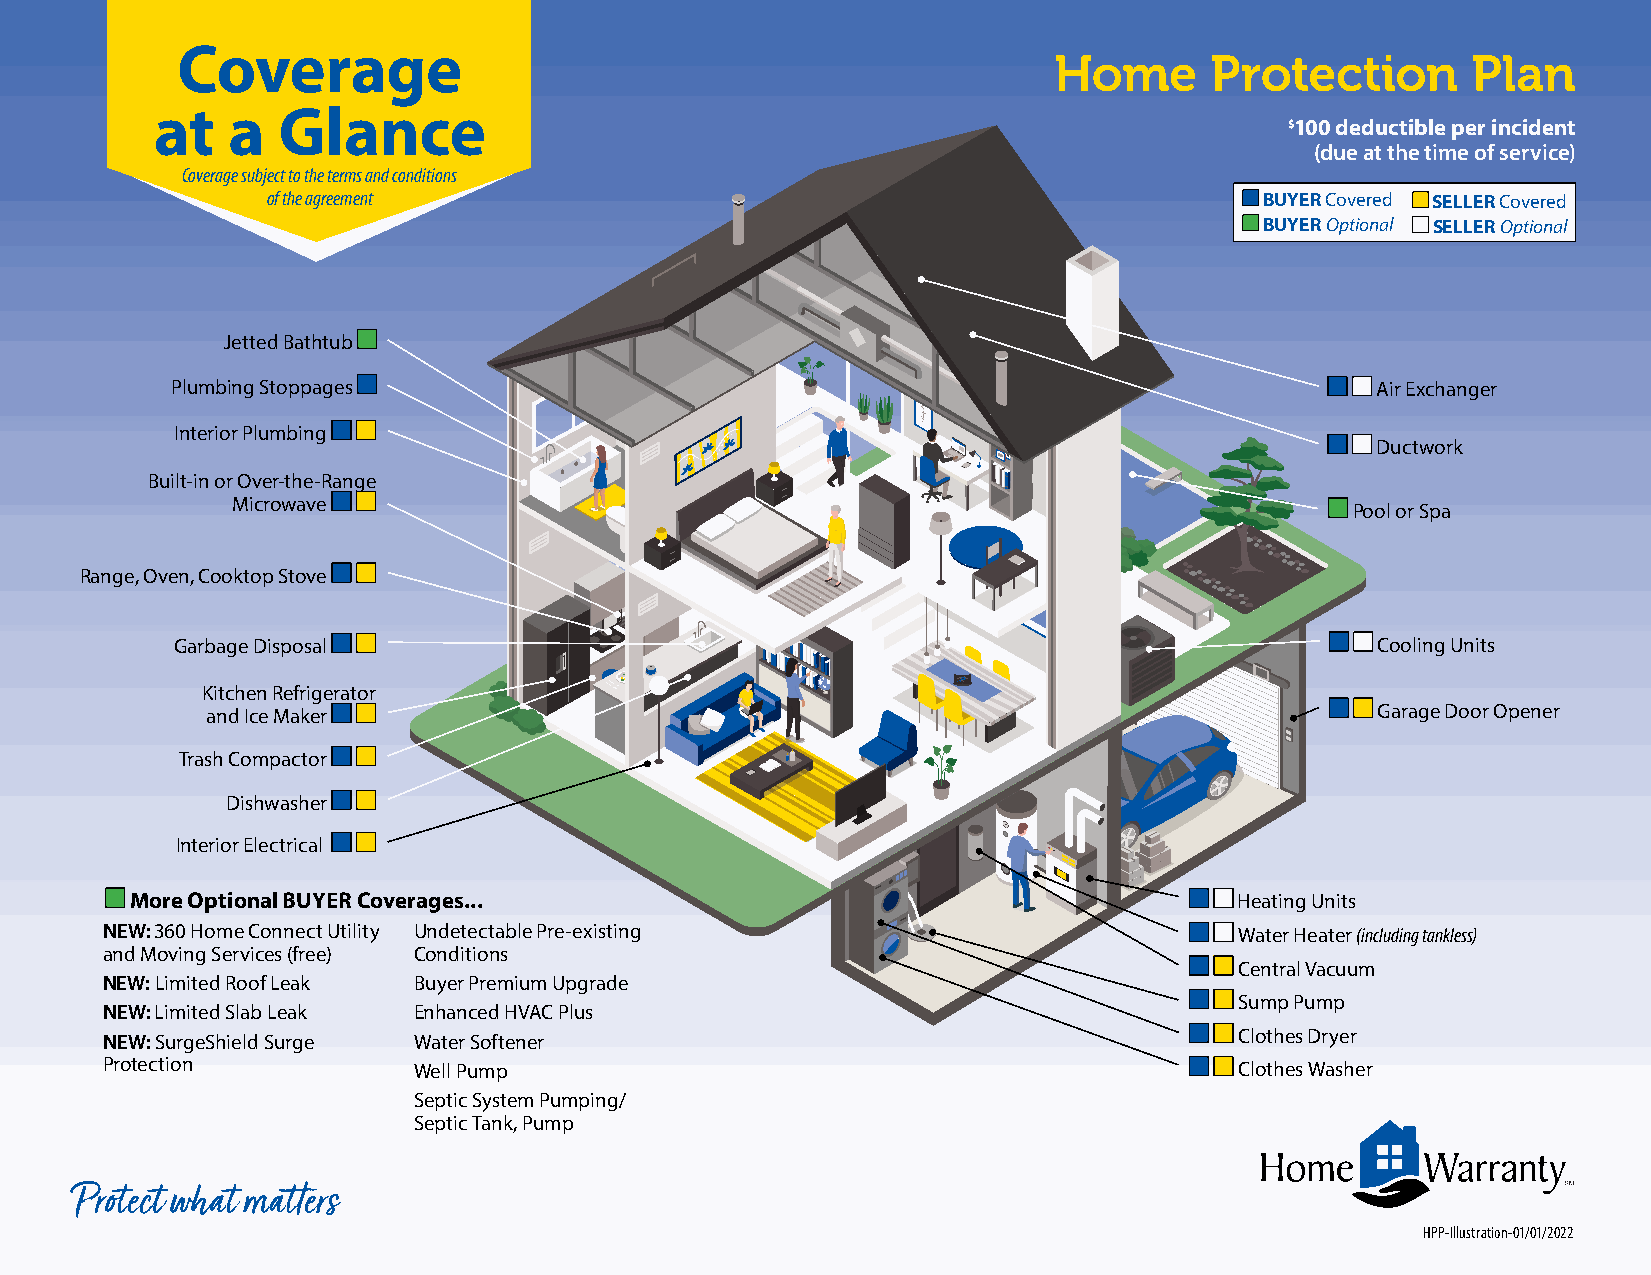
Coverage
 Home      Protection       Plan
 at   a  Glance
 $100 deductible per incident
 (due at the time of service)
 Coverage subject to the terms and conditions
 of the agreement                                                  BUYER Covered SELLER Covered
 BUYER Optional SELLER Optional
 Jetted Bathtub
 Plumbing Stoppages                                                              Air Exchanger
 Interior Plumbing
 Ductwork
 Built-in or Over-the-Range
 Microwave
 Pool or Spa
 Range, Oven, Cooktop Stove
 Garbage Disposal                                                               Cooling Units
 Kitchen Refrigerator
 and Ice Maker                                                                Garage Door Opener
 Trash Compactor
 Dishwasher
 Interior Electrical
 More Optional BUYER Coverages...                                         Heating Units
 NEW: 360 Home Connect Utility Undetectable Pre-existing                    W ater Heater (including tankless)
 and Moving Services (free) Conditions
 Central Vacuum
 NEW: Limited Roof Leak Buyer Premium Upgrade
 Sump Pump
 NEW: Limited Slab Leak Enhanced HVAC Plus
 NEW: SurgeShield Surge Water Softener                                      Clothes Dryer
 Protection          Well Pump                                              Clothes Washer
 Septic System Pumping/
 Septic Tank, Pump
 Protect what matters
 HPP-Illustration-01/01/2022